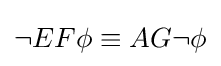
\neg EF\phi \equiv AG\neg \phi